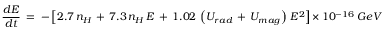
\frac { d E } { d t } \ = \ - \left[ 2 . 7 \, n _ { H } \, + \, 7 . 3 \, n _ { H } \, E \, + \, 1 . 0 2 \, \left( U _ { r a d } \, + \, U _ { m a g } \right) \, E ^ { 2 } \right] \, \times \, 1 0 ^ { - 1 6 } \ G e V \, s ^ { - 1 } ,